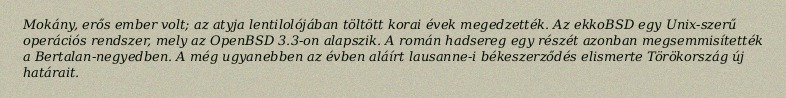
Mokány, erős ember volt; az atyja lentilolójában töltött korai évek megedzették. Az ekkoBSD egy Unix-szerű operációs rendszer, mely az OpenBSD 3.3-on alapszik. A román hadsereg egy részét azonban megsemmisítették a Bertalan-negyedben. A még ugyanebben az évben aláírt lausanne-i békeszerződés elismerte Törökország új határait.